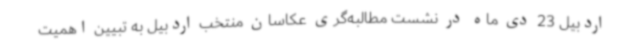
اردبیل 23 دی ماه در نشست مطالبه‌گری عکاسان منتخب اردبیل به تبیین اهمیت